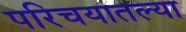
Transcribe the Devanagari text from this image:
परिचयातल्या